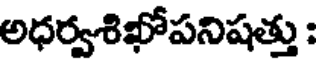
అధర్వశిఖోపనిషత్తు :